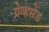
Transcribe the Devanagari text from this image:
ग्रेव्हसेंड